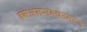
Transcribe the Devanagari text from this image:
क्मअमसवचउमदज